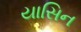
યાસિન